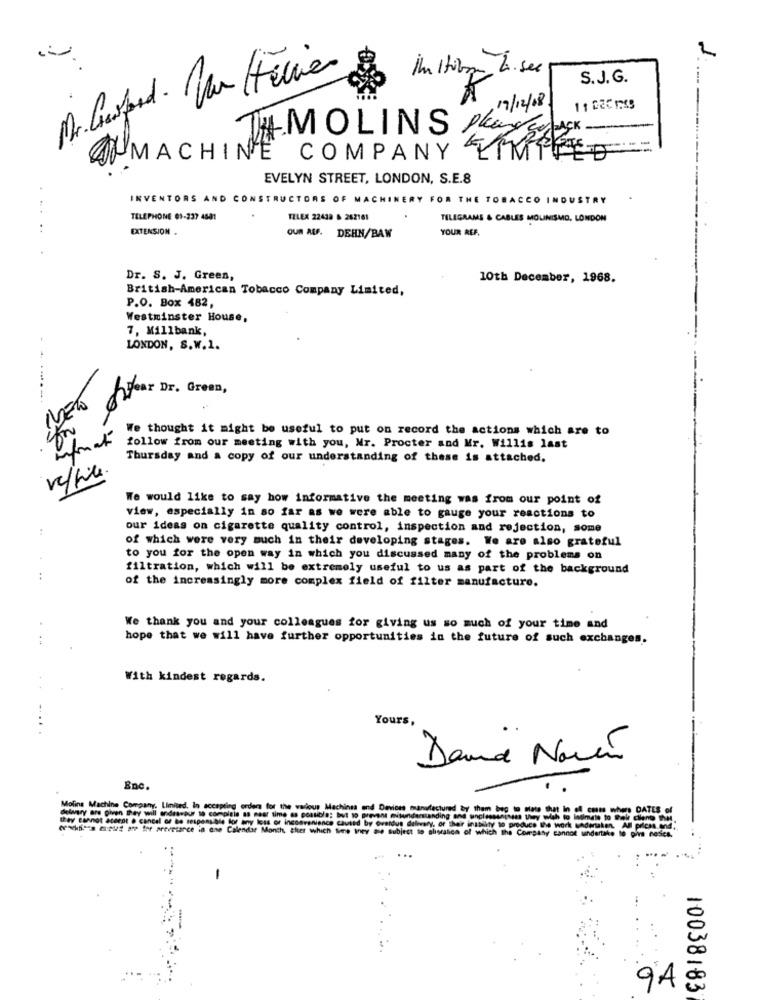
im Htibom La.sec
S.J.G.
%
19/12/18
THMOLINS Plany clack.
COMPANY LIMITED
MACHINE
EVELYN STREET, LONDON, S.E.8
INVENTORS AND CONSTRUCTORS OF MACHINERY FOR THE TOBACCO INDUSTRY
TELEPHONE 01-237 4881
TELEX 22438 & 262161
TELEGRAMS & CABLES MOUINISMO, LONDON
EXTENSION .
YOUR REF.
OUR AUF. DEHN/BAW
Dr. S. J. Green,
10th December, 1968.
British-American Tobacco Company Limited,
P.O. Box 482
Westminster House,
7, Millbank,
LONDON, S. W.1.
--...
Fear Dr. Green,
We thought it might be useful to put on record the actions which are to
follow from our meeting with you, Mr. Procter and Mr. Willis last
Thursday and a copy of our understanding of these is attached.
reffile
We would like to say how informative the meeting was from our point of
view, especially in so far as we were able to gauge your reactions to
our ideas on cigarette quality control, inspection and rejection, some
of which were very much in their developing stages. We are also grateful
to you for the open way in which you discussed many of the problems on
filtration, which will be extremely useful to us as part of the background
of the increasingly more complex field of filter manufacture.
We thank you and your colleagues for giving us so much of your time and
hope that we will have further opportunities in the future of such exchanges.
With kindest regards.
Yours,
.
David Navío
Enc.
Molina Machine Company, Limited, In accepting orders for the various Machines and Devices manufactured by them beg to slate
Machines and Devices manufactured by them beg to state that!
they cannot acerat @ cancel of be responsible for any loss of inconvenience caused by Overdue dalevary, or their inabilty to produce Wh
delavary are piven they will andessour 10 complete as naar time as possible; but to prevent misunderstanding and unclassengin Uwyw
cx53- 44 1 to sevetarce in the Calendar Month, sier which time they awe subject to alocalice of which the Company
nnok undertake
10038183